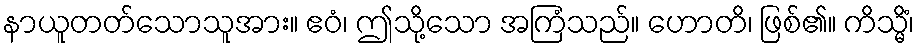
နာယူတတ်သောသူအား။ ဧဝံ၊ ဤသို့သော အကြံသည်။ ဟောတိ၊ ဖြစ်၏။ ကိသ္မိံ၊